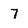
Character: 7